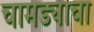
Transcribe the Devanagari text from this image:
चामड्याचा